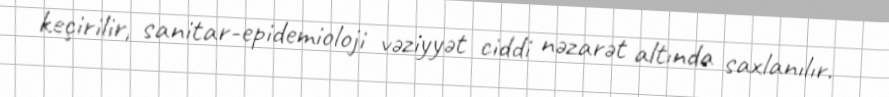
keçirilir, sanitar-epidemioloji vəziyyət ciddi nəzarət altında saxlanılır.